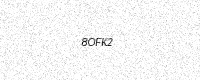
Text: 8OFK2